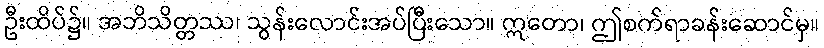
ဦးထိပ်၌။ အဘိသိတ္တဿ၊ သွန်းလောင်းအပ်ပြီးသော။ ဣတော၊ ဤစက်ရာခန်းဆောင်မှ။